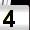
Digit: 4